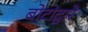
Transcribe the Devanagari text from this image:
बोटांद्वारे